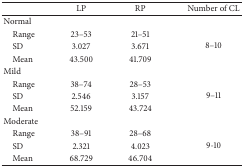
|  | LP | RP | Number of CL |
 | --- | --- | --- | --- |
 | Normal |  |  |  |
 | Range | 23–53 | 21–51 | <ROWSPAN=3> 8–10 |
 | SD | 3.027 | 3.671 |
 | Mean | 43.500 | 41.709 |
 | Mild |  |  |  |
 | Range | 38–74 | 28–53 | <ROWSPAN=3> 9–11 |
 | SD | 2.546 | 3.157 |
 | Mean | 52.159 | 43.724 |
 | Moderate |  |  |  |
 | Range | 38–91 | 28–68 | <ROWSPAN=3> 9-10 |
 | SD | 2.321 | 4.023 |
 | Mean | 68.729 | 46.704 |